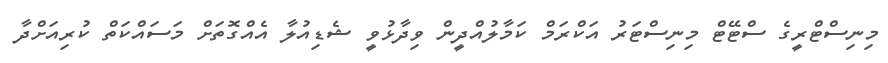
މިނިސްޓްރީގެ ސްޓޭޓް މިނިސްޓަރު އަކްރަމް ކަމާލުއްދީން ވިދާޅުވީ ޝެޑިއުލާ އެއްގޮތަށް މަސައްކަތް ކުރިއަށްދާ